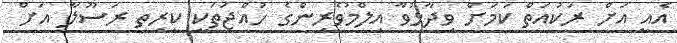
އެއީ އަށް ރަކުއަތް ކަމަށް ވިދާޅުވާ އިލްމުވެރިންގެ ހުއްޖަތަކީ ކީރިތި ރަސޫލާ އަށް